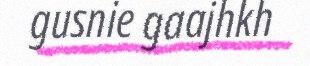
gusnie gaajhkh